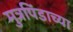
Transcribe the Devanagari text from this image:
मुत्रपिंडाच्या